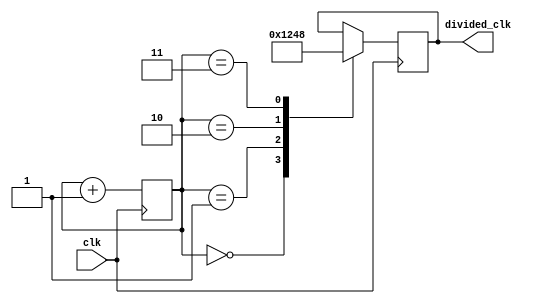
module timing_control_sync_block (
    input wire clk,
    output reg [3:0] divided_clk
);

reg [3:0] counter;

always @(posedge clk) begin
    counter <= counter + 1;
    
    case(counter)
        4'd0: divided_clk <= 4'b0001;
        4'd1: divided_clk <= 4'b0010;
        4'd2: divided_clk <= 4'b0100;
        4'd3: divided_clk <= 4'b1000;
        default: divided_clk <= divided_clk;
    endcase
end

endmodule